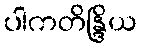
ပါကတိန္ဒြိယ